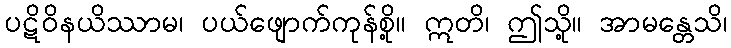
ပဋိဝိနယိဿာမ၊ ပယ်ဖျောက်ကုန်စို့။ ဣတိ၊ ဤသို့။ အာမန္တေသိ၊